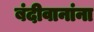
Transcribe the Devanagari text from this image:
बंदीवानांना